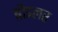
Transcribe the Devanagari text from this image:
ब्रौइलर